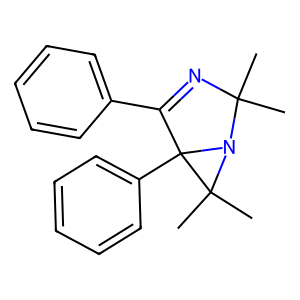
SMILES: CC1(C)N=C(c2ccccc2)C2(c3ccccc3)N1C2(C)C
Inhibits HIV replication: No